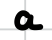
Text: a
Cross-out: clean
Writing tool: digital_black